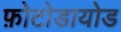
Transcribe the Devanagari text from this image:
फ़ोटोडायोड